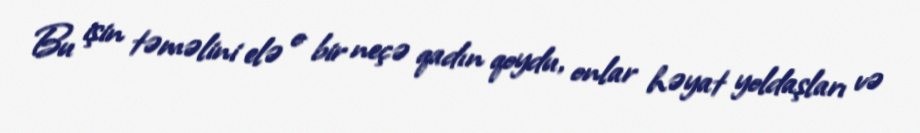
Bu işin təməlini elə o bir neçə qadın qoydu, onlar həyat yoldaşları və